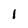
Character: I